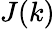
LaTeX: J(k)